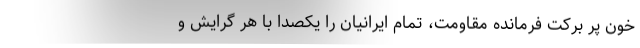
خون پر برکت فرمانده مقاومت، تمام ایرانیان را یکصدا با هر گرایش و